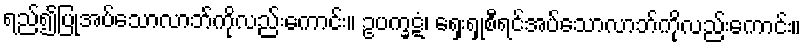
ရည်၍ပြုအပ်သောလာဘ်ကိုလည်းကောင်း။ ဥပက္ခဋံ၊ ရှေးရှုစီရင်အပ်သောလာဘ်ကိုလည်းကောင်း။